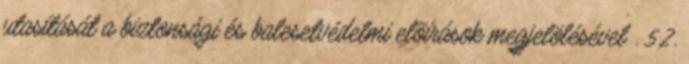
utasítását a biztonsági és balesetvédelmi elõírások megjelölésével . 5.2.